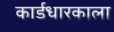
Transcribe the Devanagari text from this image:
कार्डधारकाला